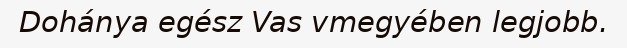
Dohánya egész Vas vmegyében legjobb.